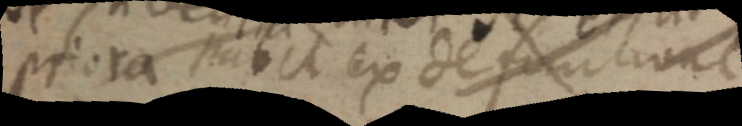
priora patet ex definitione